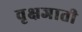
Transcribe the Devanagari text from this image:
वृक्षजाती